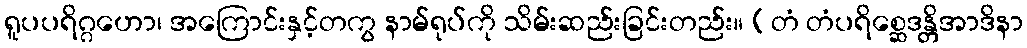
ရူပပရိဂ္ဂဟော၊ အကြောင်းနှင့်တကွ နာမ်ရုပ်ကို သိမ်းဆည်းခြင်းတည်း။ (တံ တံပရိစ္ဆေဒန္တိအာဒိနာ